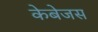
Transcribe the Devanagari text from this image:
केबेजस